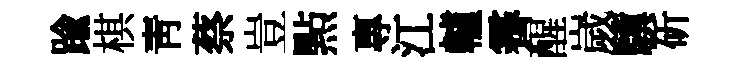
踰棋青蔡豈㸃專江轤霽醒嵗驥斫